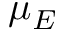
\mu _ { E }